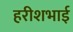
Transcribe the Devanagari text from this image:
हरीशभाई